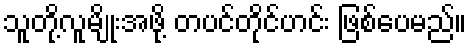
သူတို့လူမျိုးအဖို့ တပင်တိုင်ဟင်း ဖြစ်ပေမည်။